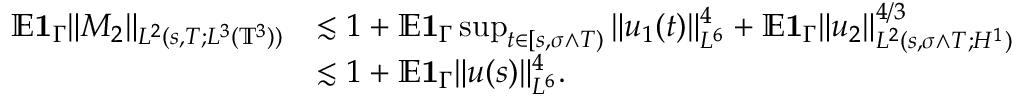
\begin{array} { r l } { { \mathbb E } { { \bf 1 } } _ { \Gamma } \| M _ { 2 } \| _ { L ^ { 2 } ( s , T ; L ^ { 3 } ( \mathbb { T } ^ { 3 } ) ) } } & { \lesssim 1 + { \mathbb E } { { \bf 1 } } _ { \Gamma } \operatorname* { s u p } _ { t \in [ s , \sigma \wedge T ) } \| u _ { 1 } ( t ) \| _ { L ^ { 6 } } ^ { 4 } + { \mathbb E } { { \bf 1 } } _ { \Gamma } \| u _ { 2 } \| _ { L ^ { 2 } ( s , \sigma \wedge T ; H ^ { 1 } ) } ^ { 4 / 3 } } \\ & { \lesssim 1 + { \mathbb E } { { \bf 1 } } _ { \Gamma } \| u ( s ) \| _ { L ^ { 6 } } ^ { 4 } . } \end{array}